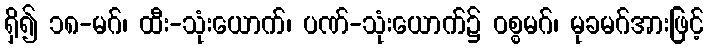
ရှိ၍ ၁၈-မဂ်၊ ထီး-သုံးယောက်၊ ပဏ်-သုံးယောက်၌ ဝစ္စမဂ်၊ မုခမဂ်အားဖြင့်